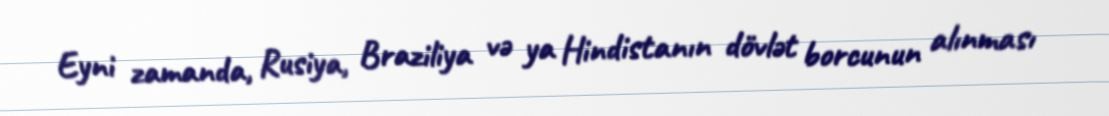
Eyni zamanda, Rusiya, Braziliya və ya Hindistanın dövlət borcunun alınması